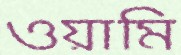
ওয়ামি